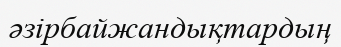
әзірбайжандықтардың